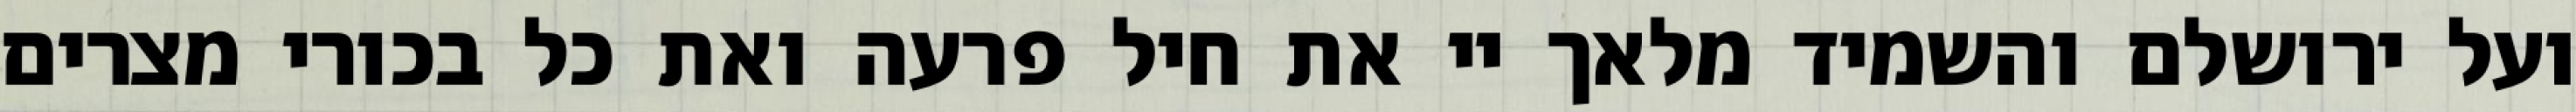
ועל ירושלם והשמיד מלאך יי את חיל פרעה ואת כל בכורי מצרים